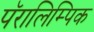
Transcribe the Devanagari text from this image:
पॅरालिम्पिक